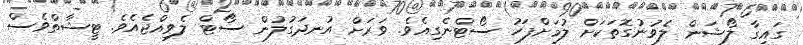
ގައިގާ ލޯޝަން ލެވުނުގޮތަކަށް ލުމަށްފަހު ސޯޓްނެގިއެވެ. ވަރަށް އުނދަގުލުން ސޯޓް ލެވިއްޖެއެވެ. ޓީޝާތްވެސް